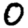
Digit: 0